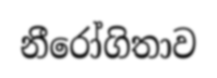
නීරෝගිතාව